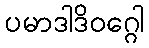
ပမာဒါဒိဝဂ္ဂေါ